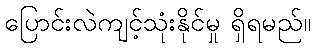
ပြောင်းလဲကျင့်သုံးနိုင်မှု ရှိရမည်။